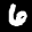
Label: 6